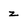
Character: z